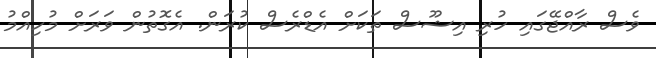
ވެސް ރާއްޖޭގައި ހުރި އިޝޫސް ތަަކަށް އެޑްރެސް ކުރަން. އެގޮތުން ވަރަށް މުހިއްމު